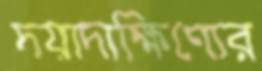
দয়াদাক্ষিণ্যের